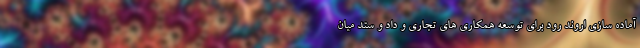
آماده سازی اروند رود برای توسعه همکاری های تجاری و داد و ستد میان